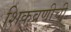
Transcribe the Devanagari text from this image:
शिकवणीची